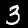
Digit: 3